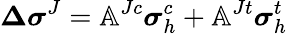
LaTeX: \boldsymbol{\Delta\sigma}^{J}=\mathbb{A}^{Jc}\boldsymbol{\sigma}_{h}^{c}+\mathbb{A}^{Jt}\boldsymbol{\sigma}_{h}^{t}